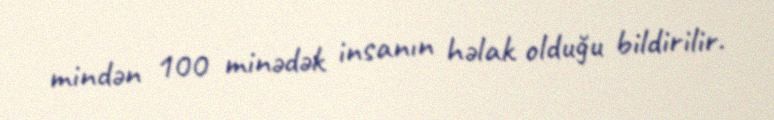
mindən 100 minədək insanın həlak olduğu bildirilir.